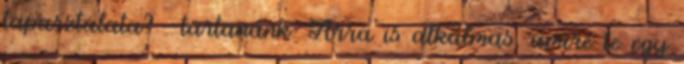
tapasztalata? . tartanánk. Arra is alkalmas, amire te egy